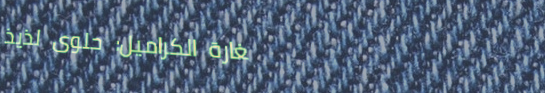
مغارة الكراميل: حلوى لذيذ